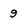
Character: 9